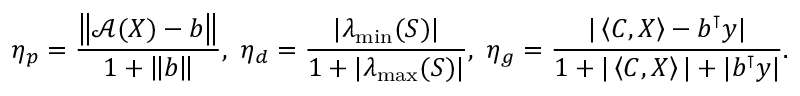
\eta _ { p } = \frac { \left\lVert { \mathcal { A } } ( X ) - b \right\rVert } { 1 + \left\lVert b \right\rVert } , \ \eta _ { d } = \frac { | \lambda _ { \operatorname* { m i n } } ( S ) | } { 1 + | \lambda _ { \operatorname* { m a x } } ( S ) | } , \ \eta _ { g } = \frac { | \left\langle C , X \right\rangle - b ^ { \intercal } y | } { 1 + | \left\langle C , X \right\rangle | + | b ^ { \intercal } y | } .